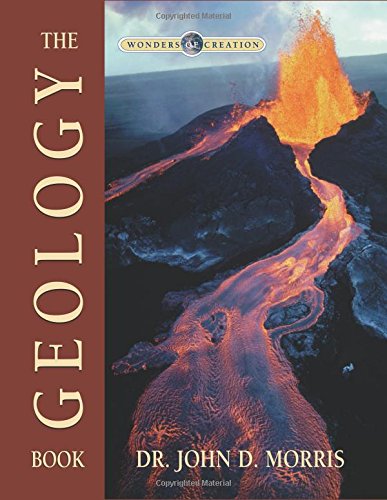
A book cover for The Geology Book (Wonders of Creation); John D Morris; Christian Books & Bibles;